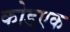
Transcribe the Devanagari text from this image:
कोडएक